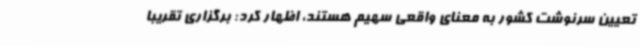
تعیین سرنوشت کشور به معنای واقعی سهیم هستند، اظهار کرد: برگزاری تقریبا